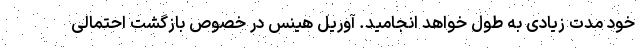
خود مدت زیادی به طول خواهد انجامید. آوریل هینس در خصوص بازگشت احتمالی